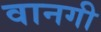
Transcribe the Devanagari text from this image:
वानगी